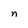
Character: n